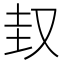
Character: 𡊋